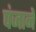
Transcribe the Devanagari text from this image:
पंजाने